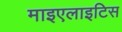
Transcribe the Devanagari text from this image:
माइएलाइटिस